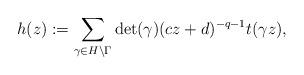
LaTeX: \begin{align*}h(z) := \sum_{\gamma\in H\backslash\Gamma} \det(\gamma)(cz+d)^{-q-1}t(\gamma z),\end{align*}